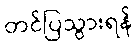
တင်ပြသွားရန်